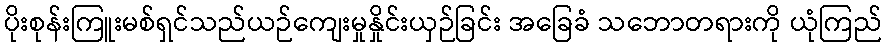
ပိုးစုန်းကြူးမစ်ရှင်သည်ယဉ်ကျေးမှုနှိုင်းယှဉ်ခြင်း အခြေခံ သဘောတရားကို ယုံကြည်